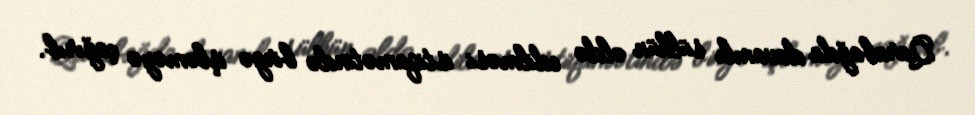
Qarabağda davamlı sülhün əldə edilməsi istiqamətində birgə işləməyə çağırıb.